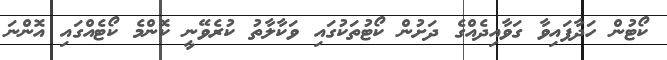
ކޯޓުން ހަދާފައިވާ ގަވާއިދެއްގެ ދަށުން ކޯޓުތަކުގައި ވަކާލާތު ކުރެވޭނީ ކޮންމެ ކޯޓެއްގައި އޮންނަ